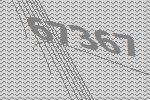
67367